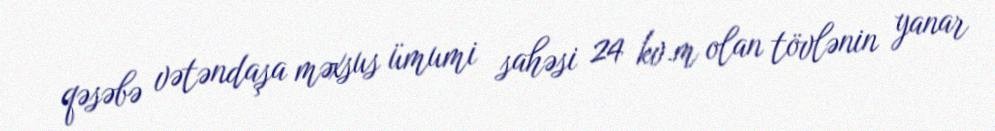
qəsəbə vətəndaşa məxsus ümumi sahəsi 24 kv.m olan tövlənin yanar